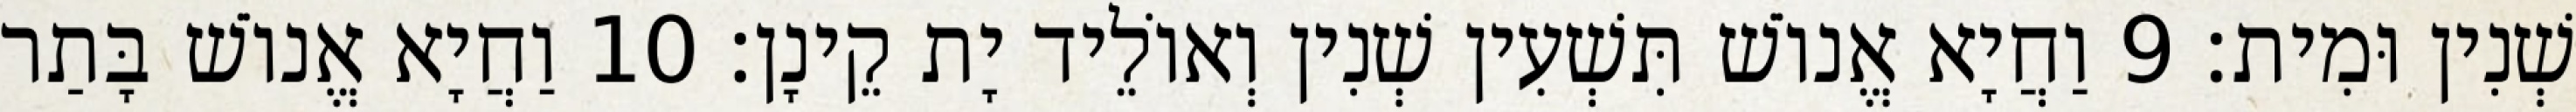
שְׁנִין וּמִית׃ 9 וַחֲיָא אֱנוֹשׁ תִּשְׁעִין שְׁנִין וְאוֹלֵיד יָת קֵינָן׃ 10 וַחֲיָא אֱנוֹשׁ בָּתַר